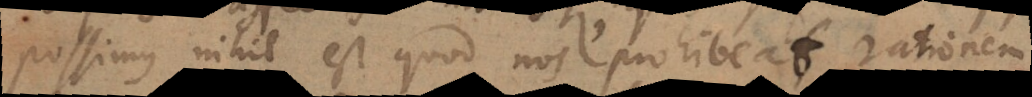
possimus nihil est quod nos prohibeat rationem